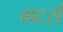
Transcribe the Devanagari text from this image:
गटर्स